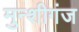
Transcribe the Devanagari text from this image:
मुन्शीगंज